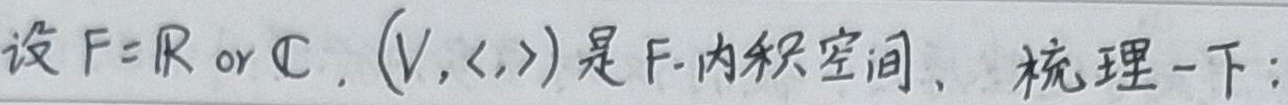
设 \(F = \mathbb{R}\) 或 \(\mathbb{C}\)，\((V,\langle,\rangle)\) 是 \(F\) -内积空间，梳理一下：